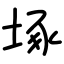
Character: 㙇